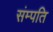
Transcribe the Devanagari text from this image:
संम्पति